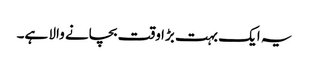
یہ ایک بہت بڑا وقت بچانے والا ہے۔